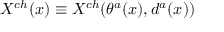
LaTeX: X ^ { c h } ( x ) \equiv X ^ { c h } ( \theta ^ { a } ( x ) , d ^ { a } ( x ) )